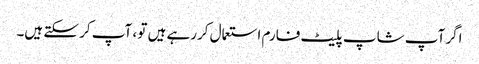
اگر آپ شاپ پلیٹ فارم استعمال کررہے ہیں تو ، آپ کر سکتے ہیں۔